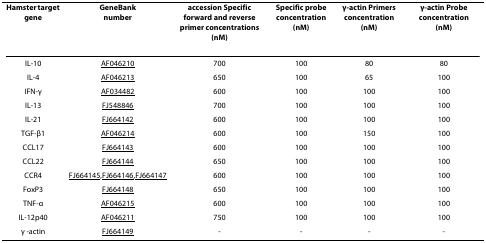
| Hamster target gene | GeneBank number | accession Specific forward and reverse primer concentrations(nM) | Specific probe concentration(nM) | γ-actin Primers concentration(nM) | γ-actin Probeconcentration(nM) |
 | --- | --- | --- | --- | --- | --- |
 | IL-10 | AF046210 | 700 | 100 | 80 | 80 |
 | IL-4 | AF046213 | 650 | 100 | 65 | 100 |
 | IFN-γ | AF034482 | 600 | 100 | 100 | 100 |
 | IL-13 | FJ548846 | 700 | 100 | 100 | 100 |
 | IL-21 | FJ664142 | 600 | 100 | 100 | 100 |
 | TGF-β1 | AF046214 | 600 | 100 | 150 | 100 |
 | CCL17 | FJ664143 | 600 | 100 | 100 | 100 |
 | CCL22 | FJ664144 | 650 | 100 | 100 | 100 |
 | CCR4 | FJ664145,FJ664146,FJ664147 | 600 | 100 | 100 | 100 |
 | FoxP3 | FJ664148 | 650 | 100 | 100 | 100 |
 | TNF-α | AF046215 | 600 | 100 | 100 | 100 |
 | IL-12p40 | AF046211 | 750 | 100 | 100 | 100 |
 | γ -actin | FJ664149 | - | - | - | - |